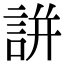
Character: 誁